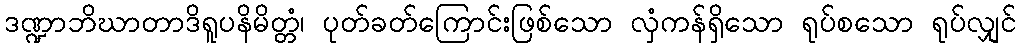
ဒဏ္ဍာဘိဃာတာဒိရူပနိမိတ္တံ၊ ပုတ်ခတ်ကြောင်းဖြစ်သော လှံကန်ရှိသော ရုပ်စသော ရုပ်လျှင်